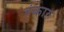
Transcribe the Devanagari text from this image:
हुंकारु